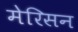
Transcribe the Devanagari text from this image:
मेरिसन